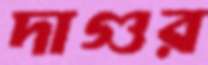
দাগুর